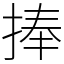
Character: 捧